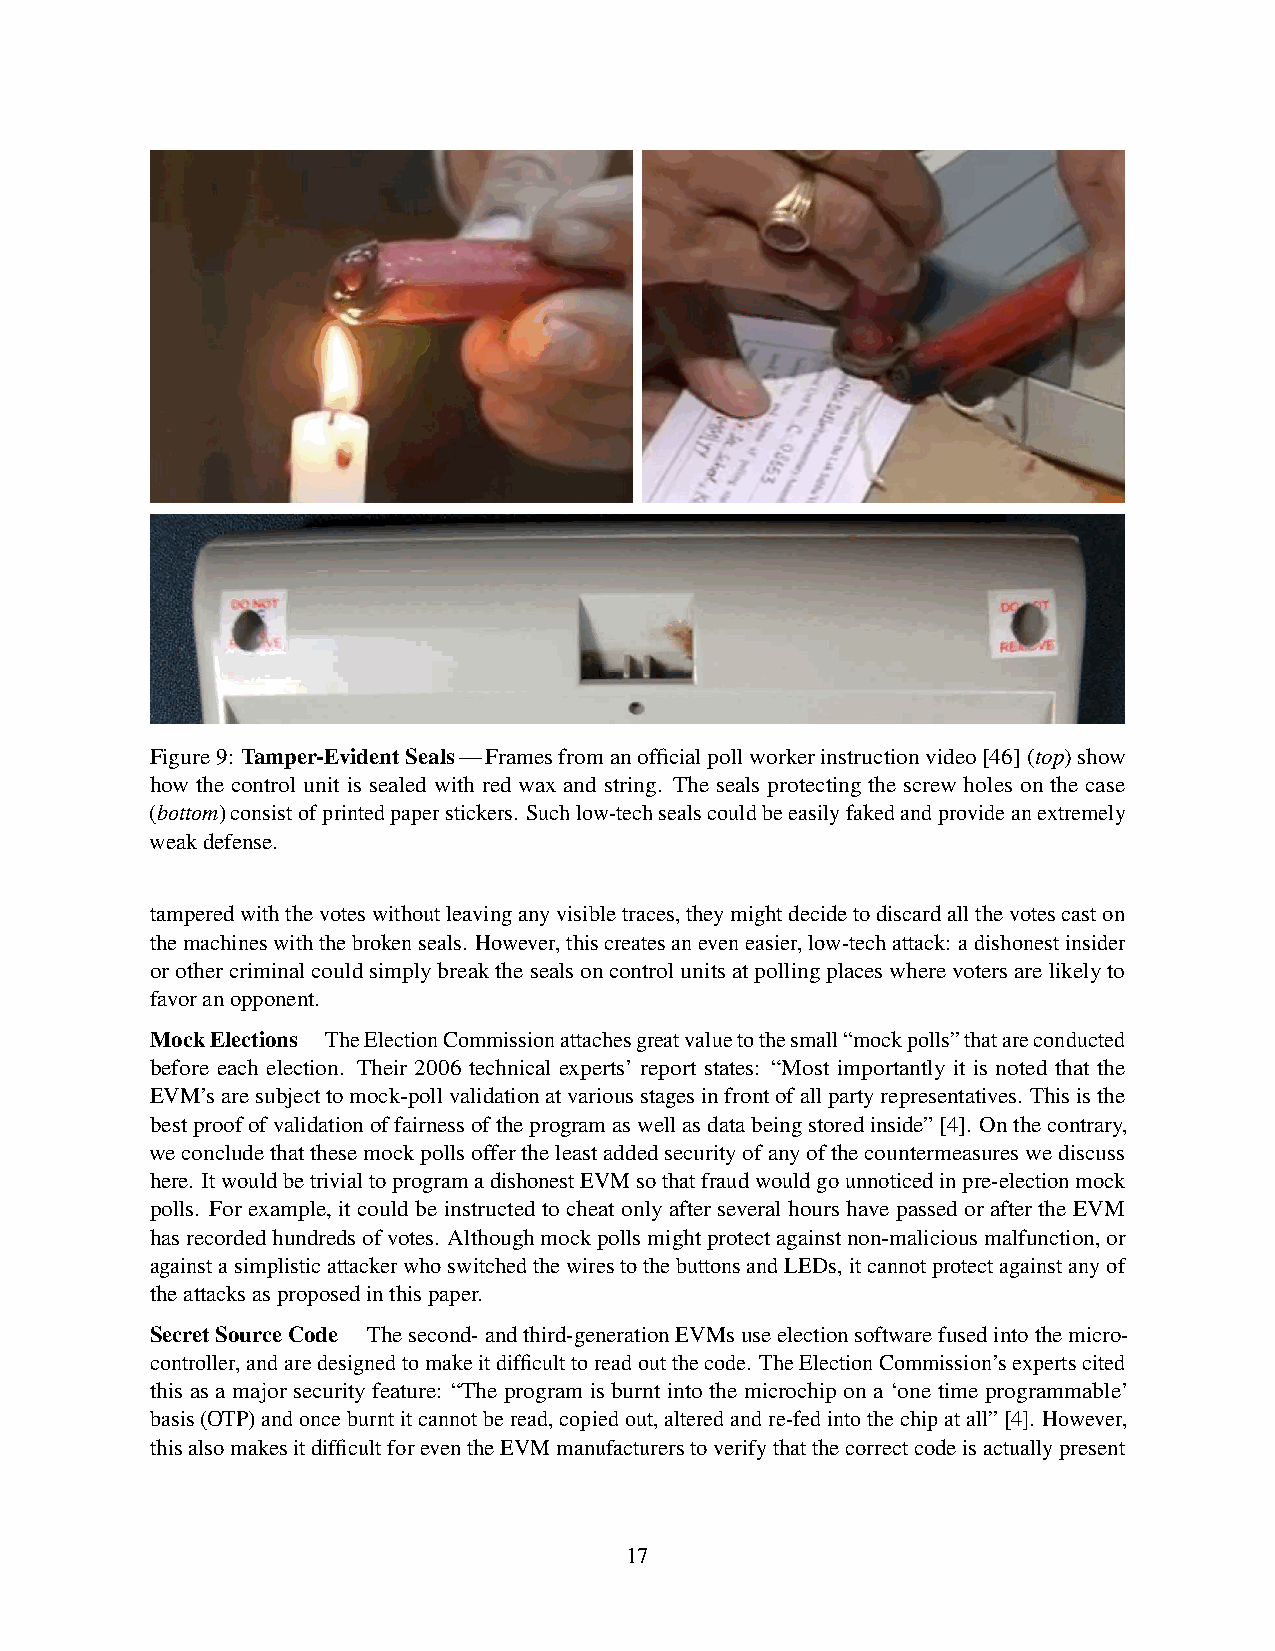
Figure9: Tamper-EvidentSeals—Framesfromanofficialpollworkerinstructionvideo[46](top)show
 how the control unit is sealed with red wax and string. The seals protecting the screw holes on the case
 (bottom)consistofprintedpaperstickers. Suchlow-techsealscouldbeeasilyfakedandprovideanextremely
 weakdefense.
 tamperedwiththevoteswithoutleavinganyvisibletraces,theymightdecidetodiscardallthevotescaston
 themachineswiththebrokenseals. However,thiscreatesaneveneasier,low-techattack: adishonestinsider
 orothercriminalcouldsimplybreakthesealsoncontrolunitsatpollingplaceswherevotersarelikelyto
 favoranopponent.
 MockElections TheElectionCommissionattachesgreatvaluetothesmall“mockpolls”thatareconducted
 before each election. Their 2006 technical experts’ report states: “Most importantly it is noted that the
 EVM’saresubjecttomock-pollvalidationatvariousstagesinfrontofallpartyrepresentatives. Thisisthe
 bestproofofvalidationoffairnessoftheprogramaswellasdatabeingstoredinside”[4]. Onthecontrary,
 weconcludethatthesemockpollsoffertheleastaddedsecurityofanyofthecountermeasureswediscuss
 here. ItwouldbetrivialtoprogramadishonestEVMsothatfraudwouldgounnoticedinpre-electionmock
 polls. For example, it could be instructed to cheat only after several hours have passed or after the EVM
 hasrecordedhundredsofvotes. Althoughmockpollsmightprotectagainstnon-maliciousmalfunction,or
 againstasimplisticattackerwhoswitchedthewirestothebuttonsandLEDs,itcannotprotectagainstanyof
 theattacksasproposedinthispaper.
 SecretSourceCode Thesecond-andthird-generationEVMsuseelectionsoftwarefusedintothemicro-
 controller,andaredesignedtomakeitdifficulttoreadoutthecode. TheElectionCommission’sexpertscited
 this as a major security feature: “The program is burnt into the microchip on a ‘one time programmable’
 basis(OTP)andonceburntitcannotberead,copiedout,alteredandre-fedintothechipatall”[4]. However,
 thisalsomakesitdifficultforeventheEVMmanufacturerstoverifythatthecorrectcodeisactuallypresent
 17